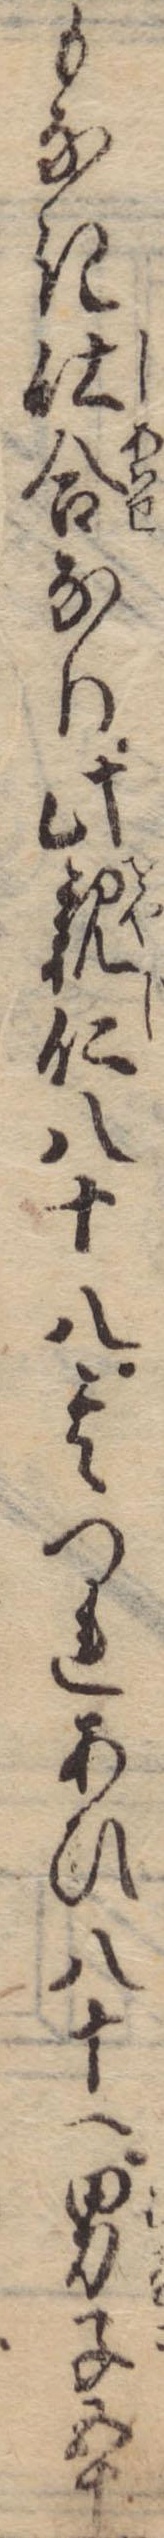
もなき仕合なり此親仁八十八其つれあひ八十一男子五十